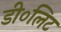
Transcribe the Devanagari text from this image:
डी०लिट